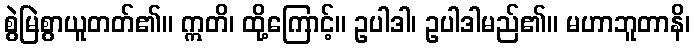
စွဲမြဲစွာယူတတ်၏။ ဣတိ၊ ထို့ကြောင့်။ ဥပါဒါ၊ ဥပါဒါမည်၏။ မဟာဘူတာနိ၊